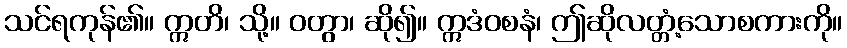
သင်ရကုန်၏။ ဣတိ၊ သို့။ ဝတွာ၊ ဆို၍။ ဣဒံဝစနံ၊ ဤဆိုလတ္တံ့သောစကားကို။